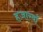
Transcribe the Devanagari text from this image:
हज़ारवाँ